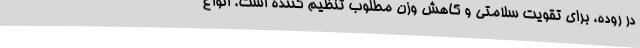
در روده، برای تقویت سلامتی و کاهش وزن مطلوب تنظیم کننده است. انواع